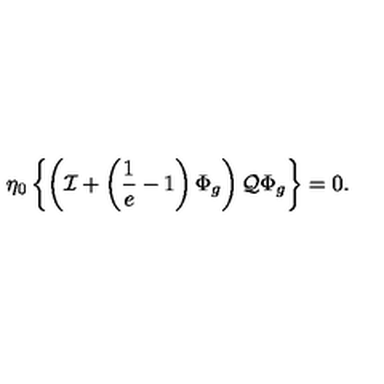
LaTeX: \eta _ { 0 } \left\{ \left( { \cal I } + \left( \frac { 1 } { e } - 1 \right) \Phi _ { g } \right) { \cal Q } \Phi _ { g } \right\} = 0 .